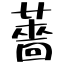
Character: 薔